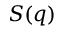
S ( q )